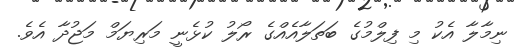
ނިމާލާ އެކު މި ފިލްމުގެ ބަތަލާއެއްގެ ރޯލު ކުޅެނީ މަރިޔަމް މަޖުދާ އެވެ.